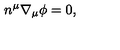
n ^ { \mu } \nabla _ { \mu } \phi = 0 ,